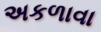
અકળાવા